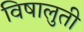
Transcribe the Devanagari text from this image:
विषालुती